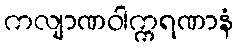
ကလျာဏဝါက္ကရဏာနံ